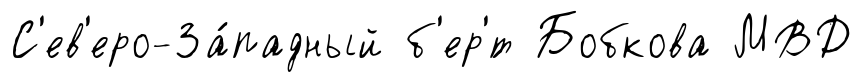
С'ев'еро-За́падный б'ер'́т Бобкова МВД